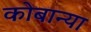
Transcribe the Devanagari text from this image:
कोबान्या